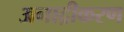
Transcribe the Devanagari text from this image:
अनाद्रीकरण